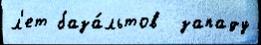
л'ет база́льтов  западу